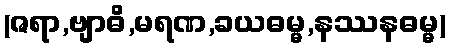
(ဇရာ,ဗျာဓိ,မရဏ,ခယဓမ္မ,နဿနဓမ္မ)